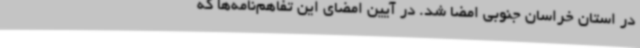
در استان خراسان جنوبی امضا شد. در آیین امضای این تفاهم‌نامه‌ها که